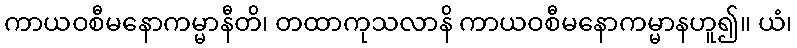
ကာယဝစီမနောကမ္မာနီတိ၊ တထာကုသလာနိ ကာယဝစီမနောကမ္မာနဟူ၍။ ယံ၊